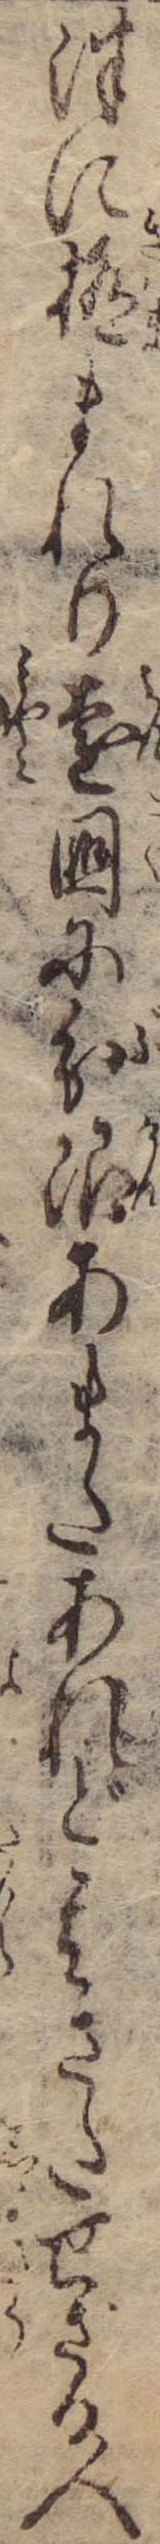
津に極まれり遠国に分限あまたあれど其さたせざる人